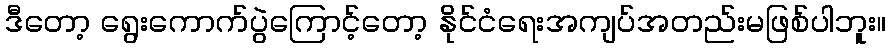
ဒီတော့ ရွေးကောက်ပွဲကြောင့်တော့ နိုင်ငံရေးအကျပ်အတည်းမဖြစ်ပါဘူး။